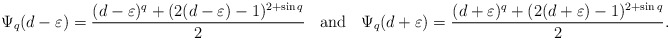
\begin{align*} \Psi_q(d-\varepsilon)=\frac{(d-\varepsilon)^q+(2(d-\varepsilon)-1)^{2+\sin q}}{2}\;\;\textrm{ and }\;\;\Psi_q(d+\varepsilon)=\frac{(d+\varepsilon)^q+(2(d+\varepsilon)-1)^{2+\sin q}}{2}.\end{align*}